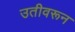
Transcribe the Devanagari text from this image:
उतीवरून